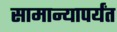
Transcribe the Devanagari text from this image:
सामान्यापर्यंत